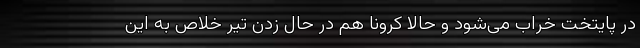
در پایتخت خراب می‌شود و حالا کرونا هم در حال زدن تیر خلاص به این